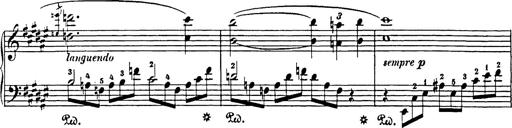
Title: Impromptu
Composer: JosÃ© MarÃ­a Usandizaga
Key: A major